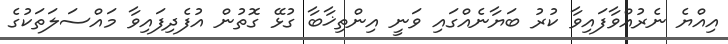
އިއްޔެ ނެރުއްވާފައިވާ ކުރު ބަޔާނެއްގައި ވަނީ އިންތިޚާބާ ގުޅޭ ގޮތުން އުފެދިފައިވާ މައްސަލަތަކުގެ